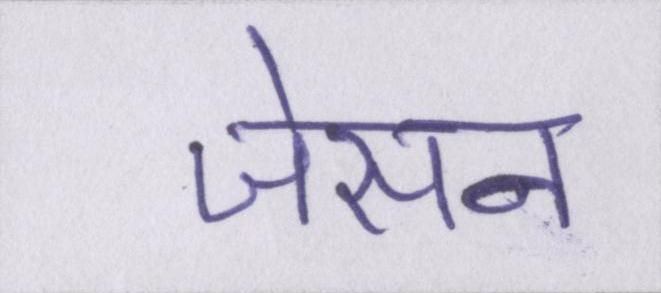
जेसन